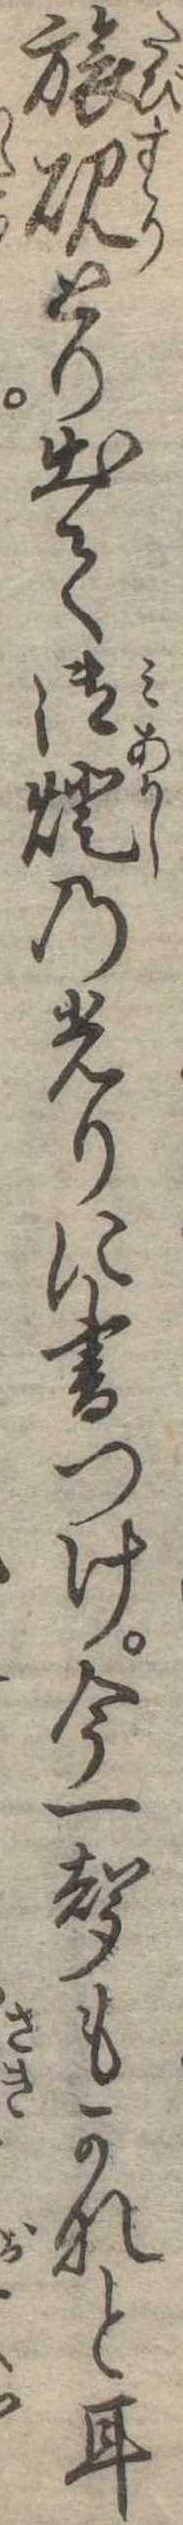
旅硯とり出て御灯の光りに書つけ今一声もがなと耳